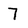
Character: 7